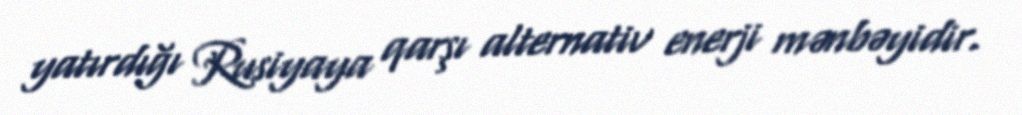
yatırdığı Rusiyaya qarşı alternativ enerji mənbəyidir.